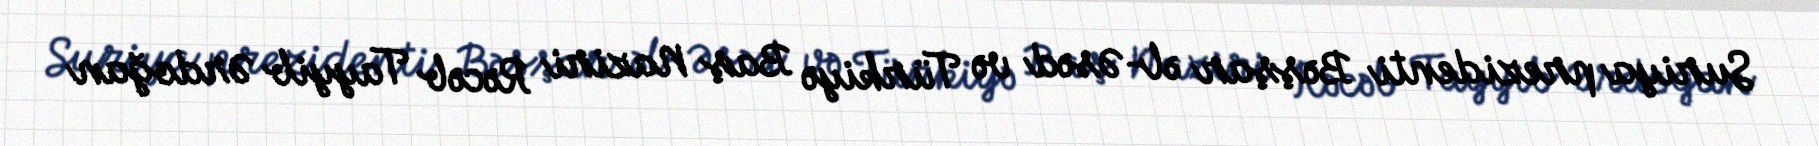
Suriya prezidenti Bəşşar əl-Əsəd və Türkiyə Baş Naziri Rəcəb Tayyib Ərdoğan